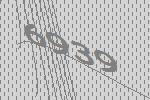
6939